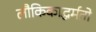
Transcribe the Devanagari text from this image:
लौकिकाद्धर्मतो